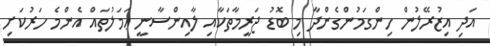
އަދި އިޒުރޭލުން ހިންގަމުންގެންދާ މި ބޮޑު ޖަރީމާތަކާއި ލާއިންސާނީ ޢަމަލުތައް އެންމެ ހަރުކަށި